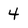
Character: 4